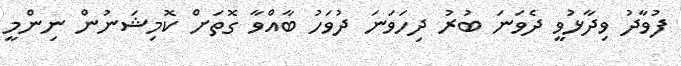
ފުވާދު ވިދާޅުވީ ދެވަނަ ބުރު ދިހަވަނަ ދުވަހު ބާއްވާ ގޮތަށް ކޮމިޝަނުން ނިންމީ